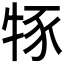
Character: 𤙦